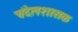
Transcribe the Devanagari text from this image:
चंदेलशासक